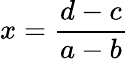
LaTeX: x={\frac{d-c}{a-b}}